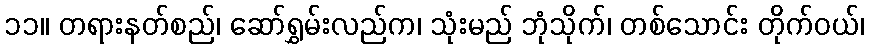
၁၁။ တရားနတ်စည်၊ ဆော်ရွှမ်းလည်က၊ သုံးမည် ဘုံသိုက်၊ တစ်သောင်း တိုက်ဝယ်၊